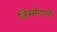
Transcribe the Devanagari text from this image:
ज़िम्मेदारी